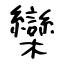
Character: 欒